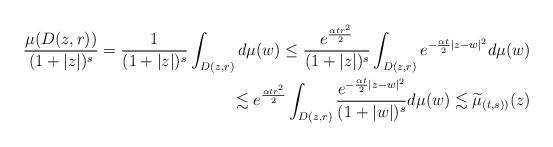
LaTeX: \begin{align*} \frac{\mu(D(z,r))}{(1+|z|)^s}= \frac{1}{(1+|z|)^s}\int_{D(z,r)} d\mu(w)\leq\frac{e^{\frac{\alpha t r^2}{2}}}{(1+|z|)^s}\int_{D(z,r)}e^{-\frac{\alpha t }{2} |z-w|^2} d\mu(w)\\ \lesssim e^{\frac{\alpha t r^2}{2}}\int_{D(z,r)}\frac{e^{-\frac{\alpha t }{2} |z-w|^2}}{(1+|w|)^s} d\mu(w)\lesssim \widetilde{\mu}_{(t,s))}(z) \end{align*}